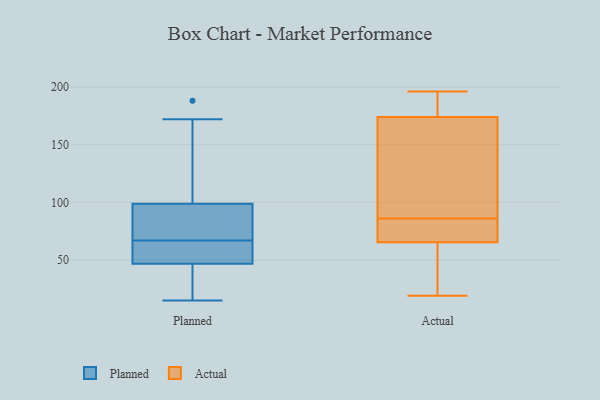
{"axis": {"x": "Revenue (USD Million)", "y": "Value"}, "legend": ["Actual", "Planned"], "data": [{"x": "", "y": 100, "type": "Planned"}, {"x": "", "y": 64, "type": "Planned"}, {"x": "", "y": 95, "type": "Planned"}, {"x": "", "y": 172, "type": "Planned"}, {"x": "", "y": 44, "type": "Planned"}, {"x": "", "y": 15, "type": "Planned"}, {"x": "", "y": 95, "type": "Planned"}, {"x": "", "y": 95, "type": "Planned"}, {"x": "", "y": 67, "type": "Planned"}, {"x": "", "y": 44, "type": "Planned"}, {"x": "", "y": 188, "type": "Planned"}, {"x": "", "y": 55, "type": "Planned"}, {"x": "", "y": 101, "type": "Planned"}, {"x": "", "y": 62, "type": "Planned"}, {"x": "", "y": 21, "type": "Planned"}, {"x": "", "y": 140, "type": "Actual"}, {"x": "", "y": 86, "type": "Actual"}, {"x": "", "y": 19, "type": "Actual"}, {"x": "", "y": 196, "type": "Actual"}, {"x": "", "y": 67, "type": "Actual"}, {"x": "", "y": 175, "type": "Actual"}, {"x": "", "y": 31, "type": "Actual"}, {"x": "", "y": 77, "type": "Actual"}, {"x": "", "y": 80, "type": "Actual"}, {"x": "", "y": 179, "type": "Actual"}, {"x": "", "y": 148, "type": "Actual"}, {"x": "", "y": 24, "type": "Actual"}, {"x": "", "y": 191, "type": "Actual"}, {"x": "", "y": 65, "type": "Actual"}, {"x": "", "y": 171, "type": "Actual"}]}